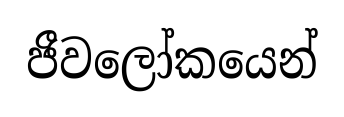
ජීවලෝකයෙන්